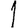
Digit: 1